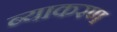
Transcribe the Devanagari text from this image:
ब्याकरण